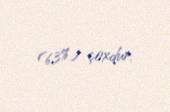
(6,3%) çoxdur.